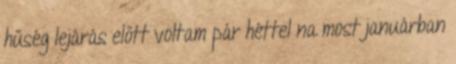
hűség lejárás előtt voltam pár héttel na most januárban